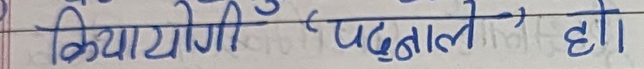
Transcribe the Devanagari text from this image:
क्रियायोगी पढाले हो।